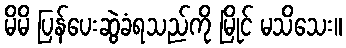
မိမိ ပြန်ပေးဆွဲခံရသည်ကို မြိုင် မသိသေး။